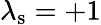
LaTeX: \lambda_{\mathrm{s}}=+1